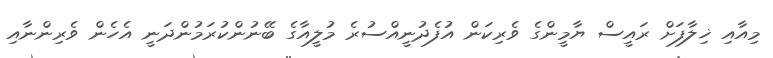
މިއާއި ޚިލާފަށް ރައީސް ޔާމީންގެ ވެރިކަން އުފެދުނީއްސުރެ މުލީއާގެ ބޭނުންކުރަމުންދަނީ އެހެން ވެރިންނާއި